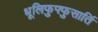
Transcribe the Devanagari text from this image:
धूलिफुफ्फुसार्ति